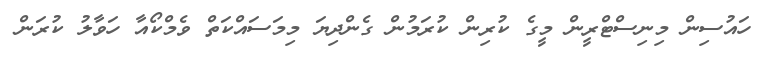
ހައުސިން މިނިސްޓްރީން މީގެ ކުރިން ކުރަމުން ގެންދިޔަ މިމަސައްކަތް ވެމްކޯއާ ހަވާލު ކުރަން